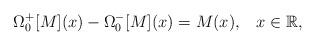
LaTeX: \begin{align*}\Omega_{0}^{+}[M](x) - \Omega_{0}^{-}[M](x) = M(x), \;\;\; x\in {\mathbb R},\end{align*}